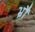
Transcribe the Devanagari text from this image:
भ्रौं